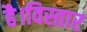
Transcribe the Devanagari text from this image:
है।विस्तार